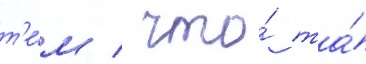
т'е́м / что́ та́